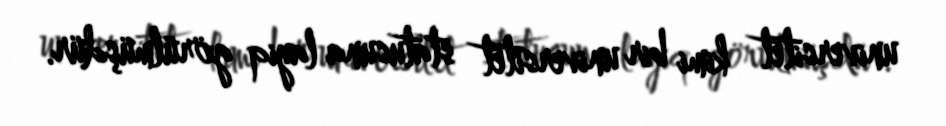
universitet kimi bir universitet statusuna layiq görülmüşdür.